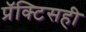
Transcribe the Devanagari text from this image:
प्रॅक्टिसही